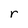
Character: r